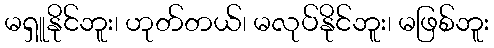
မရှူနိုင်ဘူး၊ ဟုတ်တယ်၊ မလုပ်နိုင်ဘူး၊ မဖြစ်ဘူး